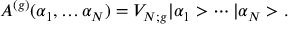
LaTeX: A ^ { ( g ) } ( \alpha _ { 1 } , \ldots \alpha _ { N } ) = V _ { N ; g } | \alpha _ { 1 } > \cdots | \alpha _ { N } > .